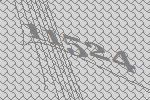
11524